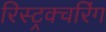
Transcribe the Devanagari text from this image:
रिस्ट्रक्चरिंग